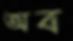
অব